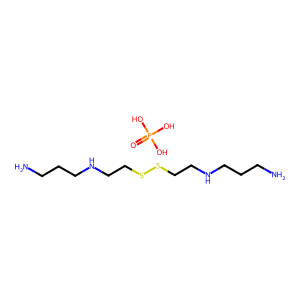
SMILES: NCCCNCCSSCCNCCCN.O=P(O)(O)O
Inhibits HIV replication: No